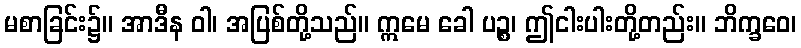
မစာခြင်း၌။ အာဒီန ဝါ၊ အပြစ်တို့သည်။ ဣမေ ခေါ ပဉ္စ၊ ဤငါးပါးတို့တည်း။ ဘိက္ခဝေ၊